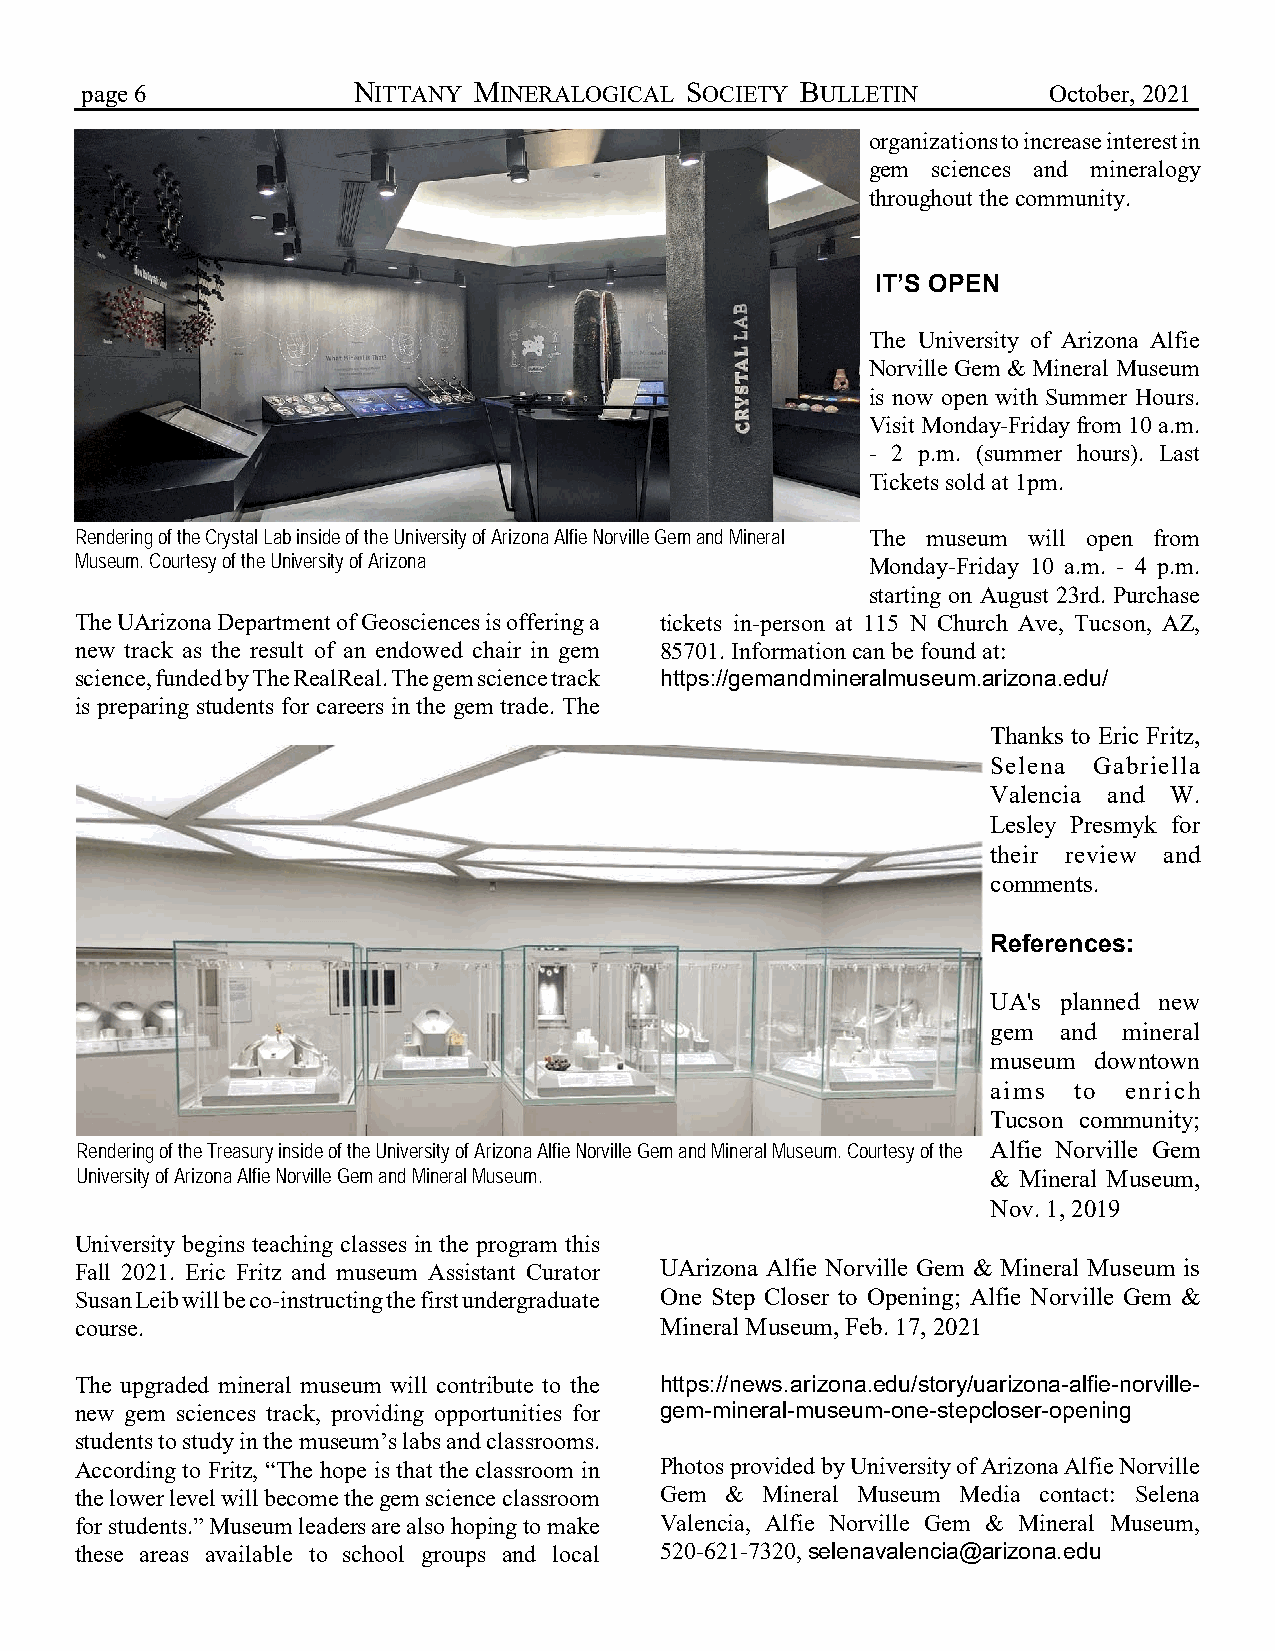
page 6            NITTANY MINERALOGICAL SOCIETY BULLETIN        October, 2021
 organizations to increase interest in
 gem sciences and mineralogy
 throughout the community.
 IT’S OPEN
 The University of Arizona Alfie
 Norville Gem & Mineral Museum
 is now open with Summer Hours.
 Visit Monday-Friday from 10 a.m.
 - 2 p.m. (summer hours). Last
 Tickets sold at 1pm.
 Rendering of the Crystal Lab inside of the University of Arizona Alfie Norville Gem and Mineral The museum will open from
 Museum. Courtesy of the University of Arizona        Monday-Friday 10 a.m. - 4 p.m.
 starting on August 23rd. Purchase
 The UArizona Department of Geosciences is offering a tickets in-person at 115 N Church Ave, Tucson, AZ,
 new track as the result of an endowed chair in gem 85701. Information can be found at:
 science, funded by The RealReal. The gem science track https://gemandmineralmuseum.arizona.edu/
 is preparing students for careers in the gem trade. The
 Thanks to Eric Fritz,
 Selena Gabriella
 Valencia and W.
 Lesley Presmyk for
 their review and
 comments.
 References:
 UA's planned new
 gem and mineral
 museum downtown
 aims to  enrich
 Tucson community;
 Rendering of the Treasury inside of the University of Arizona Alfie Norville Gem and Mineral Museum. Courtesy of the Alfie Norville Gem
 University of Arizona Alfie Norville Gem and Mineral Museum. & Mineral Museum,
 Nov. 1, 2019
 University begins teaching classes in the program this
 Fall 2021. Eric Fritz and museum Assistant Curator UArizona Alfie Norville Gem & Mineral Museum is
 Susan Leib will be co-instructing the first undergraduate One Step Closer to Opening; Alfie Norville Gem &
 course.                                Mineral Museum, Feb. 17, 2021
 The upgraded mineral museum will contribute to the https://news.arizona.edu/story/uarizona-alfie-norville-
 new gem sciences track, providing opportunities for gem-mineral-museum-one-stepcloser-opening
 students to study in the museum’s labs and classrooms.
 According to Fritz, “The hope is that the classroom in Photos provided by University of Arizona Alfie Norville
 the lower level will become the gem science classroom Gem & Mineral Museum Media contact: Selena
 for students.” Museum leaders are also hoping to make Valencia, Alfie Norville Gem & Mineral Museum,
 these areas available to school groups and local 520-621-7320, selenavalencia@arizona.edu